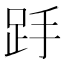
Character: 𮛋